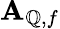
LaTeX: \mathbf{A}_{\mathbb{Q},f}